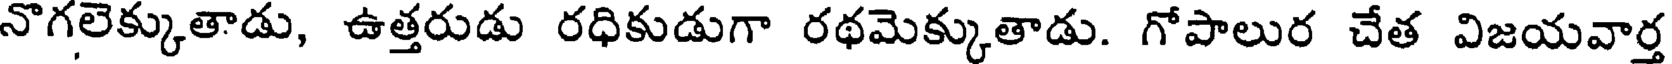
నొగలెక్కుతాడు, ఉత్తరుడు రధికుడుగా రథమెక్కుతాడు. గోపాలుర చేత విజయవార్త